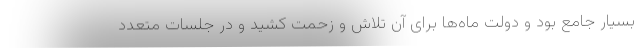
بسیار جامع بود و دولت ماه‌ها برای آن تلاش و زحمت کشید و در جلسات متعدد